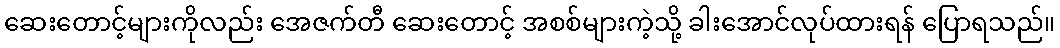
ဆေးတောင့်များကိုလည်း အေဇက်တီ ဆေးတောင့် အစစ်များကဲ့သို့ ခါးအောင်လုပ်ထားရန် ပြောရသည်။